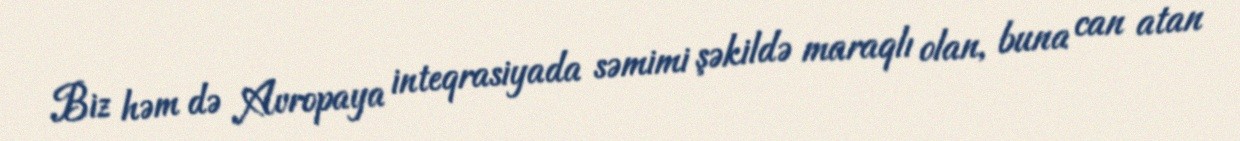
Biz həm də Avropaya inteqrasiyada səmimi şəkildə maraqlı olan, buna can atan